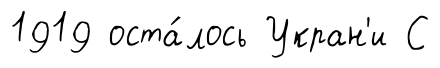
1919 оста́лось Укран'и С